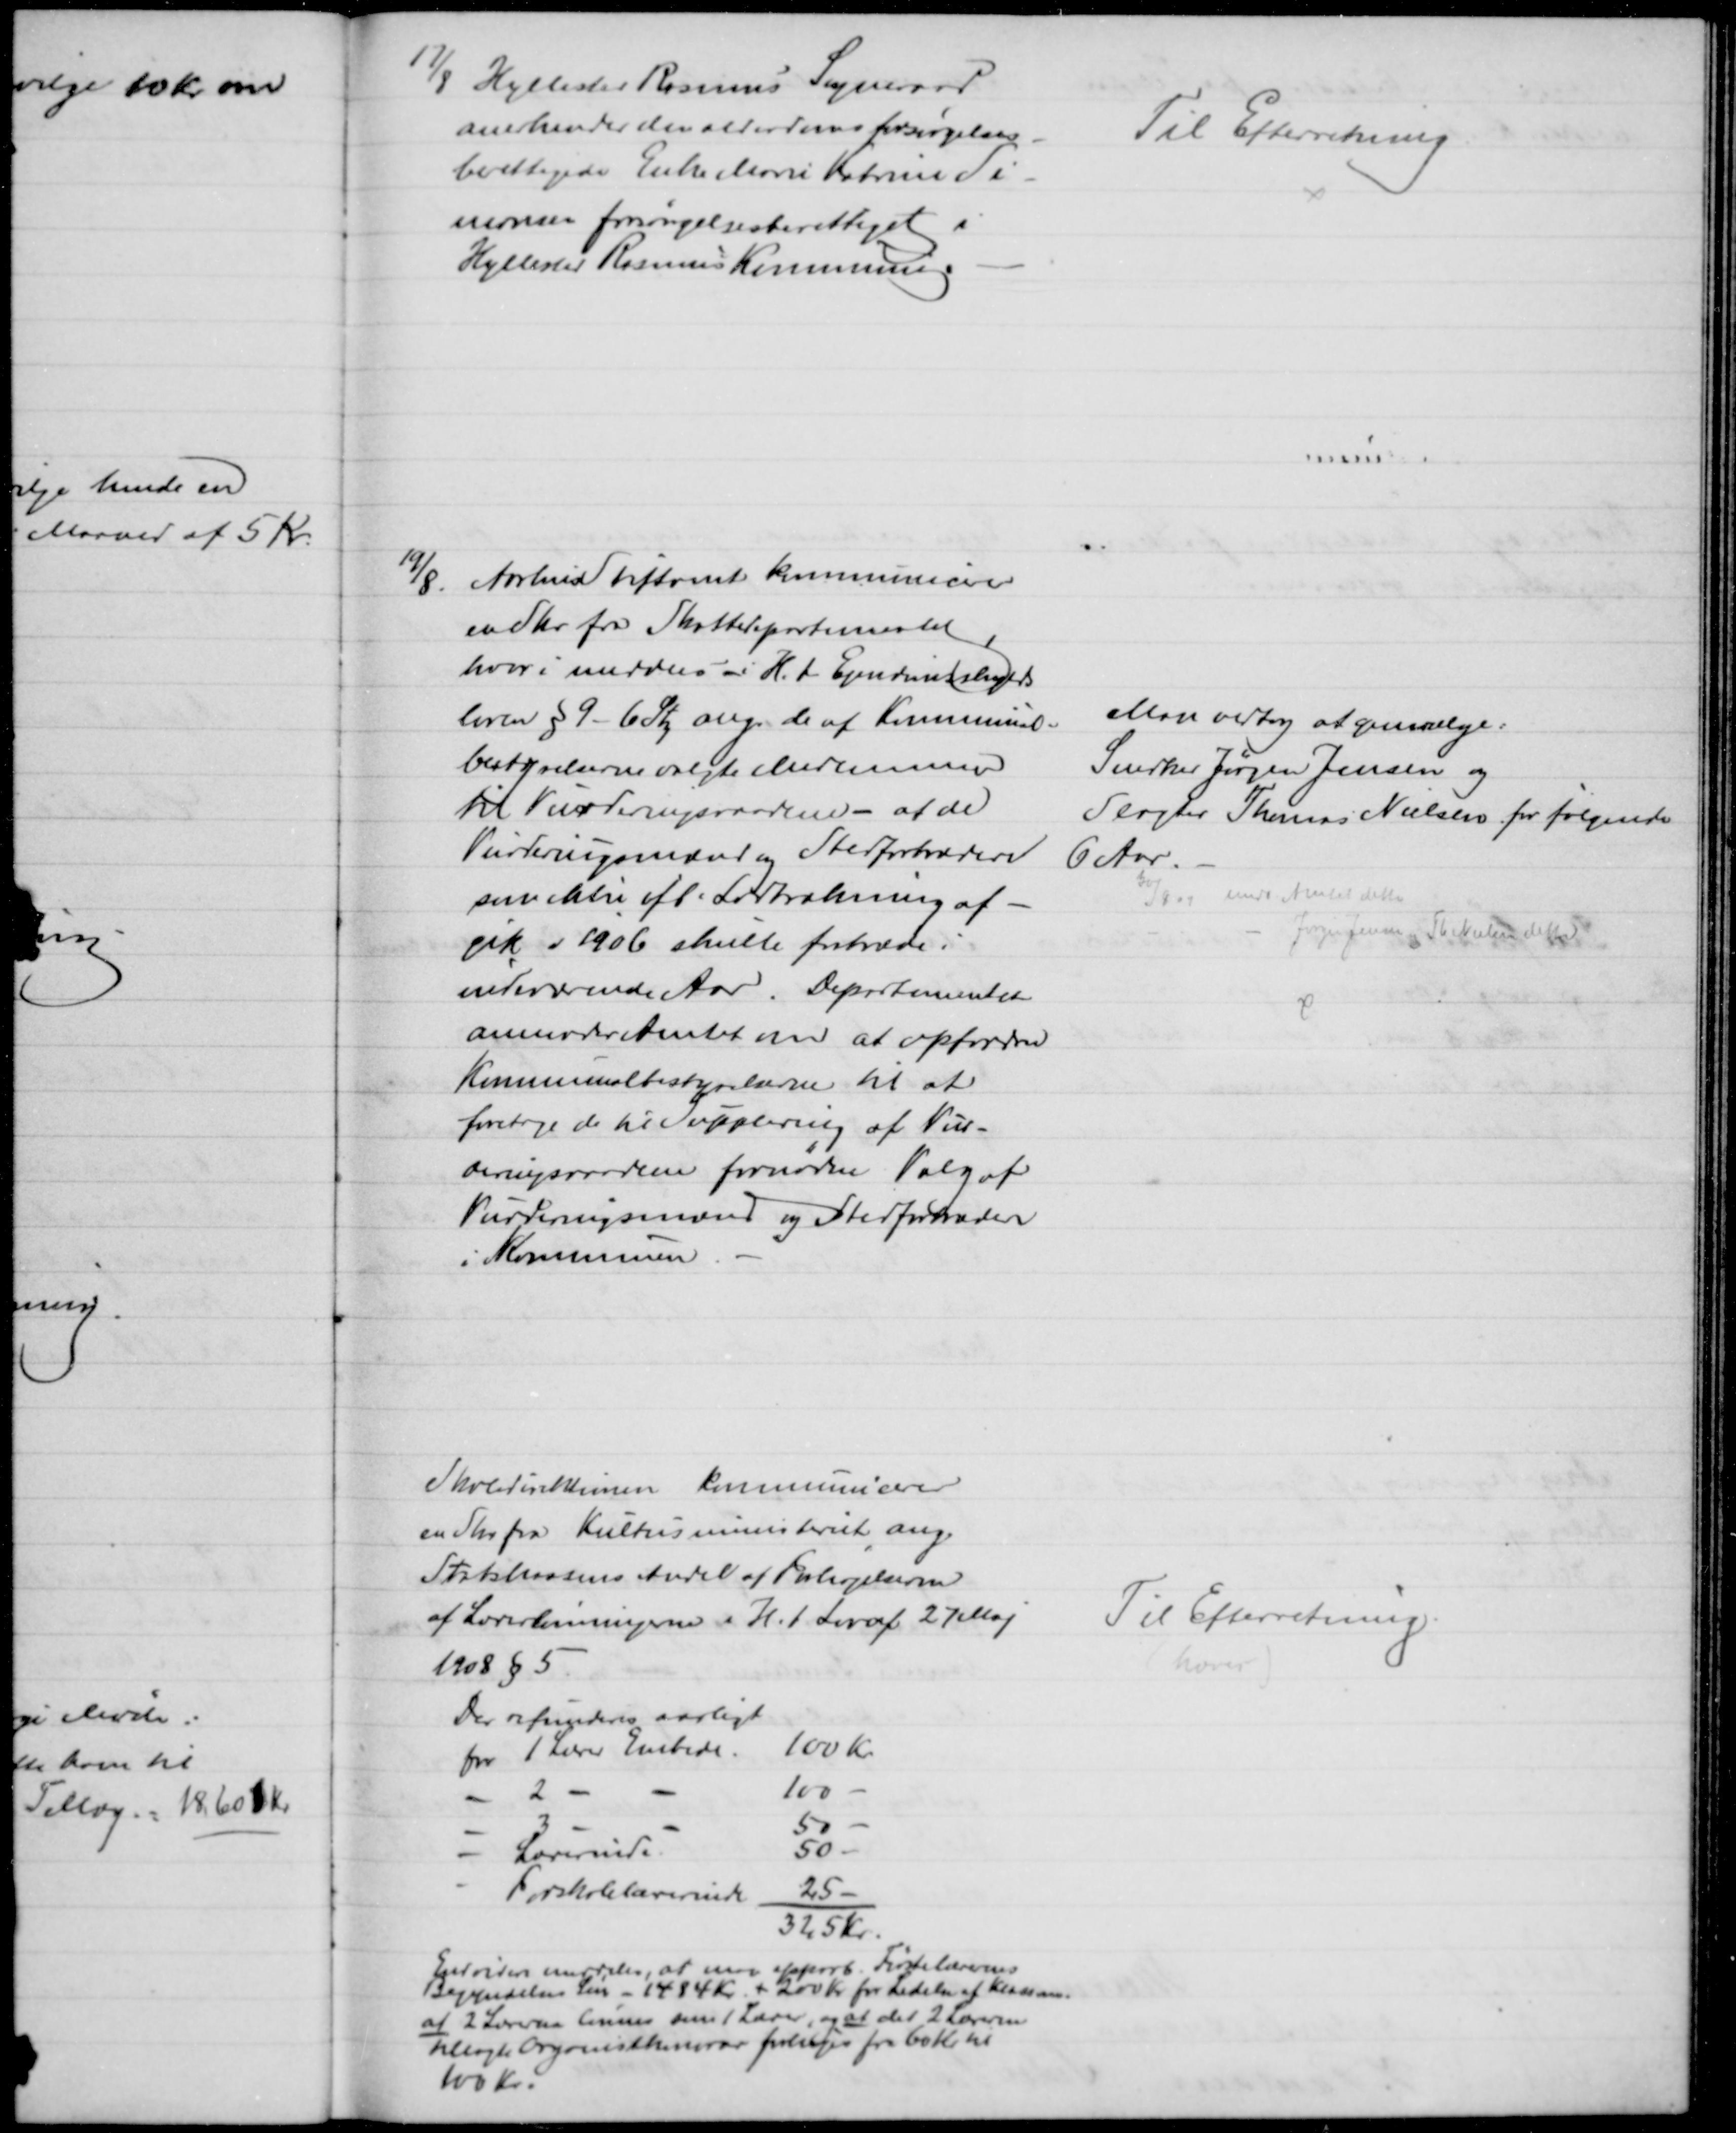
Transskription:
17/8 Hyllested Rosmus Sogneraad
anerkender den Alderdomsforsørgelses-
berettigede Enke Marie Katrine Si-
monsen forsørgelsesberettiget i
Hyllested Rosmus Kommune.
Til Efterretning
19/8. Aarhus Stiftamt kommunicerer
en Skr fra Skattedepartementet
hvor i meddeles i H. t. Ejendomsskylds
loven § 9 - 6 Stk ang. de af Kommunal-
bestyrelserne valgte Medlemmer
til Vurderingsraadene - at de
Vurderingsmænd og Stedfortrædere
som ikke ift. Lodtrækning af-
gik i 1906 skulle fratræde i
indeværende Aar. Departementet
anmoder Amtet om at opfordre
Kommunalbestyrelserne til at
foretage de til Supplering af Vur-
deringsmændene fornødne Valg af
Vurderingsmænd og Stedfortræder
i Kommunen
Man vedtog at genvælge:
Snedker Jørgen Jensen og
Slagter Thomas Nielsen for følgende
6 Aar.
30/8 09 medd. Amtet dette
Jørgen Jensen og Th Nielsen dette 
Skoledirektionen kommunicerer
en Skr fra Kulturministeriet ang.
Statskassens Andel af Forhøjelserne
af Lærerlønningerne i H. t. Lov af 27 Maj
1908 § 5
Der refunderes aarligt
for 1 Lærer Embede.
100 Kr
2 -
100
3
50
Lærerinde
50
Forskolelærerinde
25
325 Kr.
Endvidere meddeles, at man approb. Førstelærernes
Begyndelses Løn - 1484 Kr + 200 Kr for Ledelse af Klasserne.
at 2 Lærerne lønnes som 1 Lærer, og at det 2 Læreren
tillagte Organisthonorar forhøjes fra 60 Kr. til 
100 Kr.
Til Efterretning
(hæves)